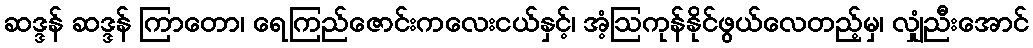
ဆဒ္ဒန် ဆဒ္ဒန် ကြာတော၊ ရေကြည်ဇောင်းကလေးငယ်နှင့်၊ အံ့ဩကုန်နိုင်ဖွယ်လေတည့်မှ၊ လျှံညီးအောင်